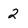
Character: 2